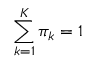
\sum _ { k = 1 } ^ { K } \pi _ { k } = 1